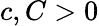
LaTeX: c,C>0